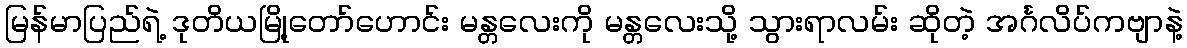
မြန်မာပြည်ရဲ့ ဒုတိယမြို့တော်ဟောင်း မန္တလေးကို မန္တလေးသို့ သွားရာလမ်း ဆိုတဲ့ အင်္ဂလိပ်ကဗျာနဲ့